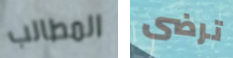
المطالب ترضى